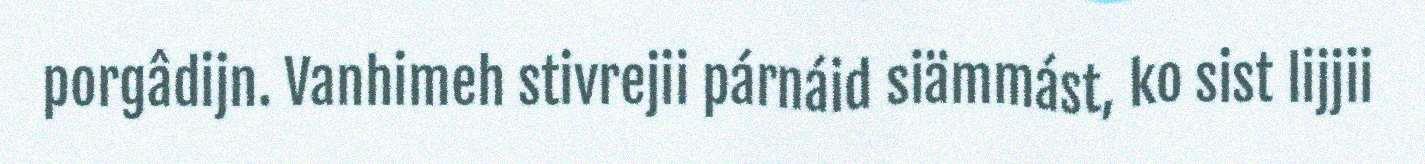
porgâdijn. Vanhimeh stivrejii párnáid siämmást, ko sist lijjii